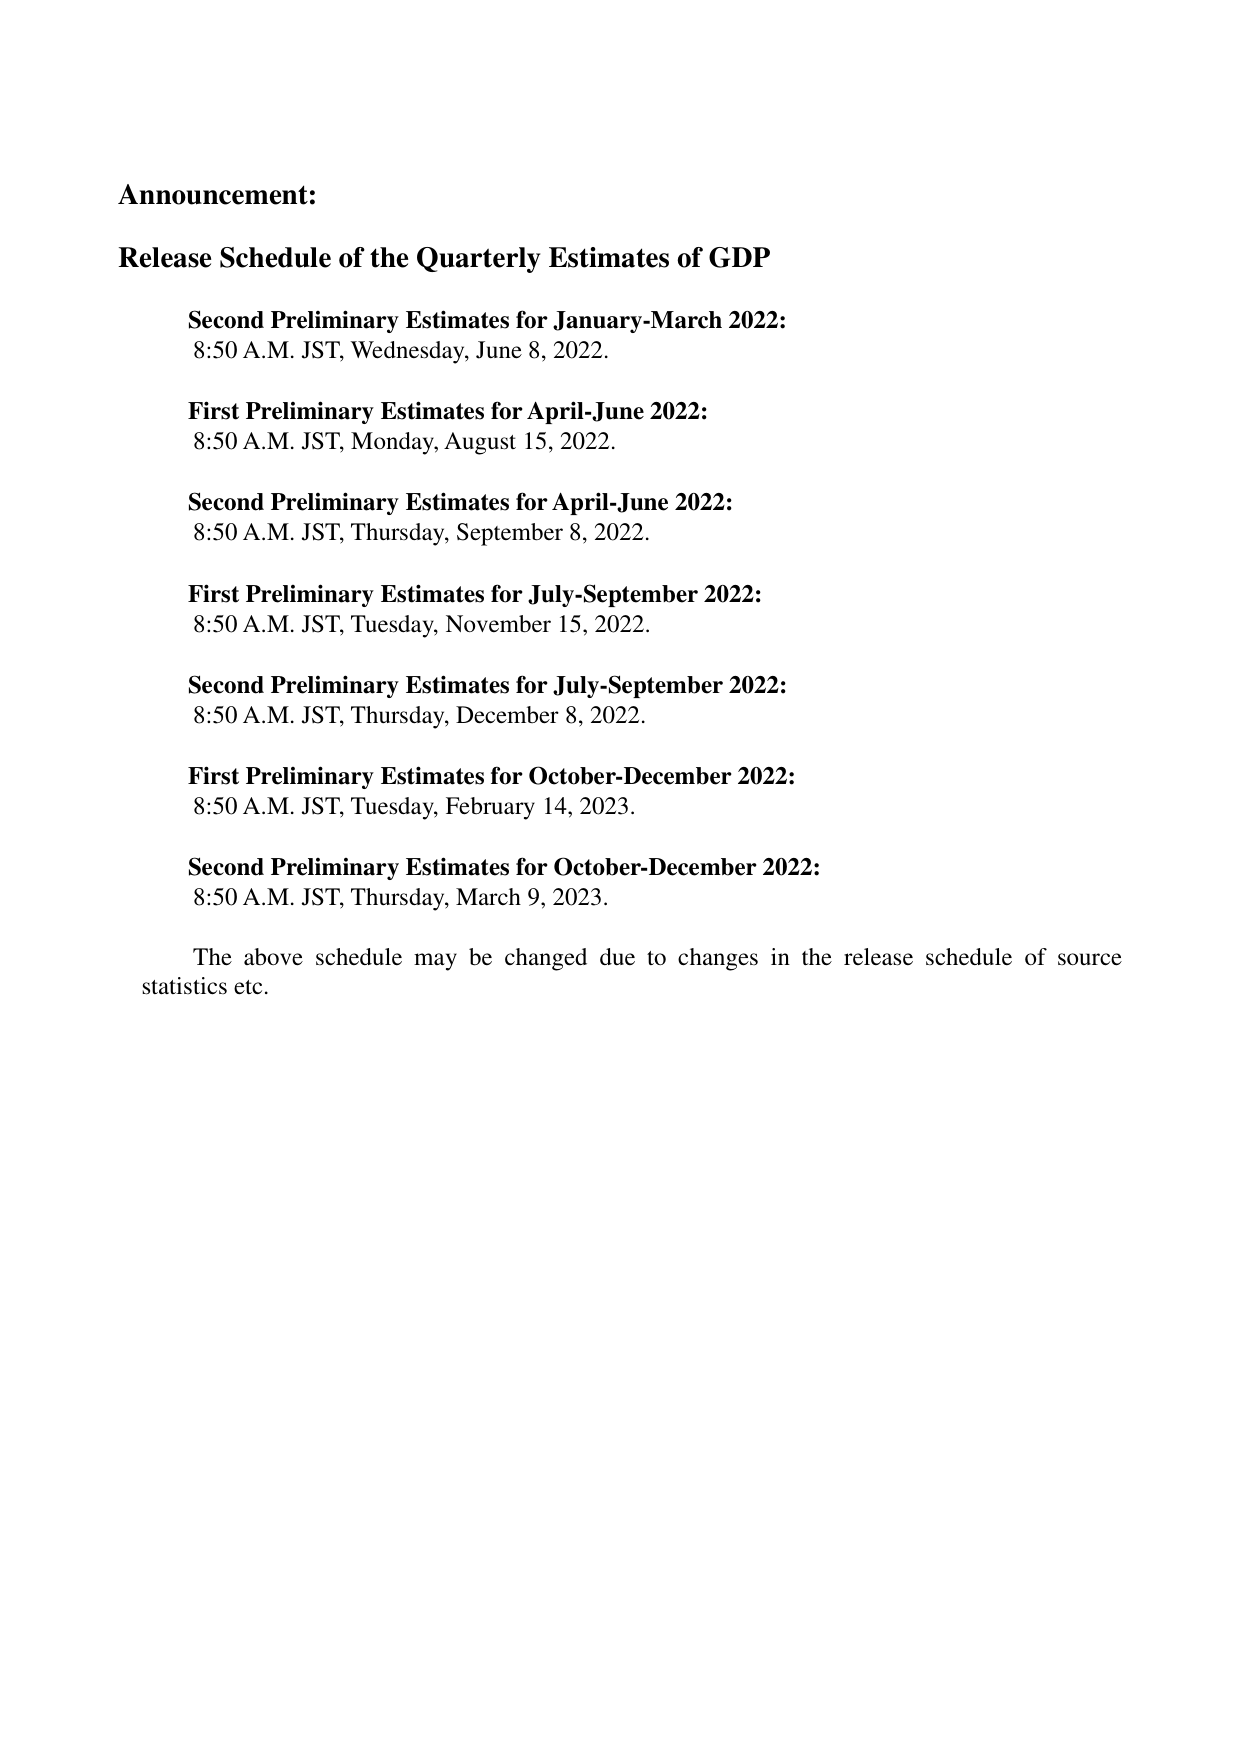
Announcement:

Release Schedule of the Quarterly Estimates of GDP

Second Preliminary Estimates for January-March 2022:
8:50 A.M. JST, Wednesday, June 8, 2022.

First Preliminary Estimates for April-June 2022:
8:50 A.M. JST, Monday, August 15, 2022.

Second Preliminary Estimates for April-June 2022:
8:50 A.M. JST, Thursday, September 8, 2022.

First Preliminary Estimates for July-September 2022:
8:50 A.M. JST, Tuesday, November 15, 2022.

Second Preliminary Estimates for July-September 2022:
8:50 A.M. JST, Thursday, December 8, 2022.

First Preliminary Estimates for October-December 2022:
8:50 A.M. JST, Tuesday, February 14, 2023.

Second Preliminary Estimates for October-December 2022:
8:50 A.M. JST, Thursday, March 9, 2023.

The above schedule may be changed due to changes in the release schedule of source statistics etc.